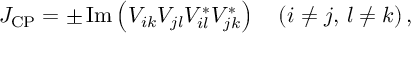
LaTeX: J _ { \mathrm { C P } } = \pm \, \mathrm { I m } \left( V _ { i k } V _ { j l } V _ { i l } ^ { \ast } V _ { j k } ^ { \ast } \right) \quad ( i \not = j , \, l \not = k ) \, ,